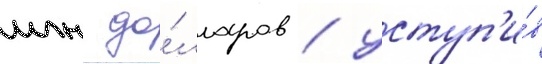
млн до́лларов / уступ'и́в